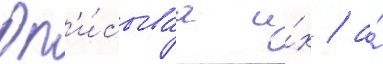
Оп'и́сываа и́х / а́